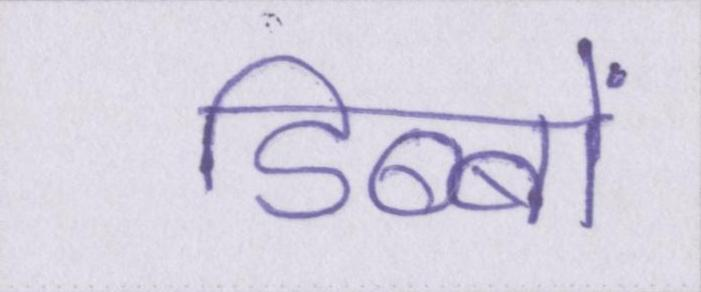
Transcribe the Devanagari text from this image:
डिब्बों